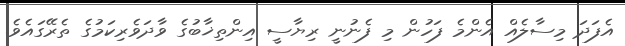
އެފަދަ މިސާލެއް އެންމެ ފަހުން މި ފެނުނީ ރިޔާސީ އިންތިޚާބުގެ ވާދަވެރިކަމުގެ ތެރޭގައެވެ.